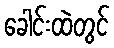
ခေါင်းထဲတွင်